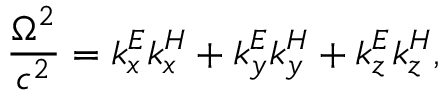
\frac { \Omega ^ { 2 } } { c ^ { 2 } } = k _ { x } ^ { E } k _ { x } ^ { H } + k _ { y } ^ { E } k _ { y } ^ { H } + k _ { z } ^ { E } k _ { z } ^ { H } ,